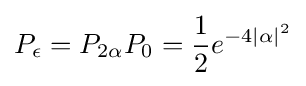
P_{\epsilon }=P_{2\alpha }P_{0}={\frac {1}{2}}e^{-4\mid \alpha \mid ^{2}}